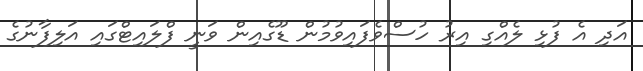
އަދި އެ ފުޅި ލެއްގި އިރު ހުސްވެފައިވުމުން ޑޫގެއިން ވަނީ ފްލައިޓްގައި އަލިފާނުގެ